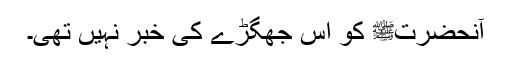
آنحضرتﷺ کو اس جھگڑے کی خبر نہیں تھی۔